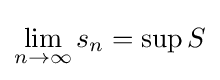
\lim _{n\to \infty }s_{n}=\sup S